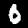
Digit: 0